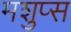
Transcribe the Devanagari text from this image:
मशुप्स